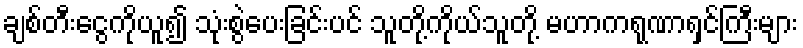
ချစ်တီးငွေကိုယူ၍ သုံးစွဲပေးခြင်းပင် သူတို့ကိုယ်သူတို့ မဟာကရုဏာရှင်ကြီးများ